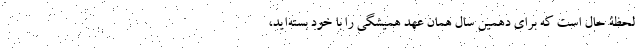
لحظۀ حال است که برای دهمین سال همان عهد همیشگی را با خود بسته‌اید،